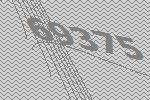
69375